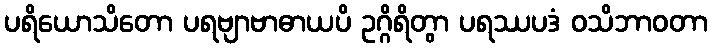
ပရိယောသိတော ပရဗျာဗာဓာယပိ ဥဂ္ဂိရိတွာ ပရဿပဒံ ဝသိဘာဝတာ